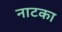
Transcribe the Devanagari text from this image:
नाटका